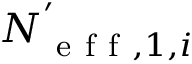
N _ { \mathrm { ~ e ~ f ~ f ~ } , 1 , i } ^ { ' }